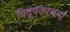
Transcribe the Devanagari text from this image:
विदूषकाचार्य